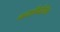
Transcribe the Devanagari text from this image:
नव्यापिढीतील